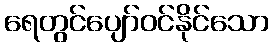
ရေတွင်ပျော်ဝင်နိုင်သော